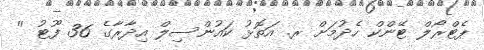
ޕެޓްރޯލް ޓޭންކް ހެދުމަށް ރ. އަތޮޅު ކައުންސިލް އިދާރާގެ 36 ފޫޓު ''